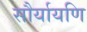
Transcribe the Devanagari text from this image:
सौर्यायणि